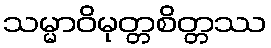
သမ္မာဝိမုတ္တစိတ္တဿ